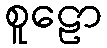
စူဠော